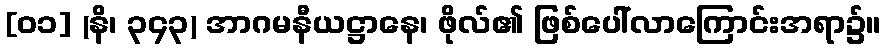
[၀၁] (နိ၊ ၃၄၃) အာဂမနီယဋ္ဌာနေ၊ ဖိုလ်၏ ဖြစ်ပေါ်လာကြောင်းအရာ၌။